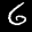
Label: 6